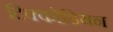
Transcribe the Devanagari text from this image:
टिक्कोडियन